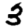
Digit: 3